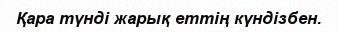
Қара түнді жарық еттің күндізбен.